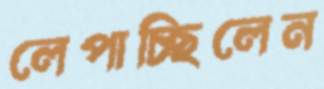
লেপাচ্ছিলেন